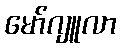
မော်ဂျူလာ